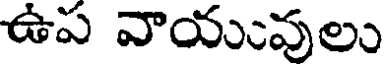
ఉప వాయువులు